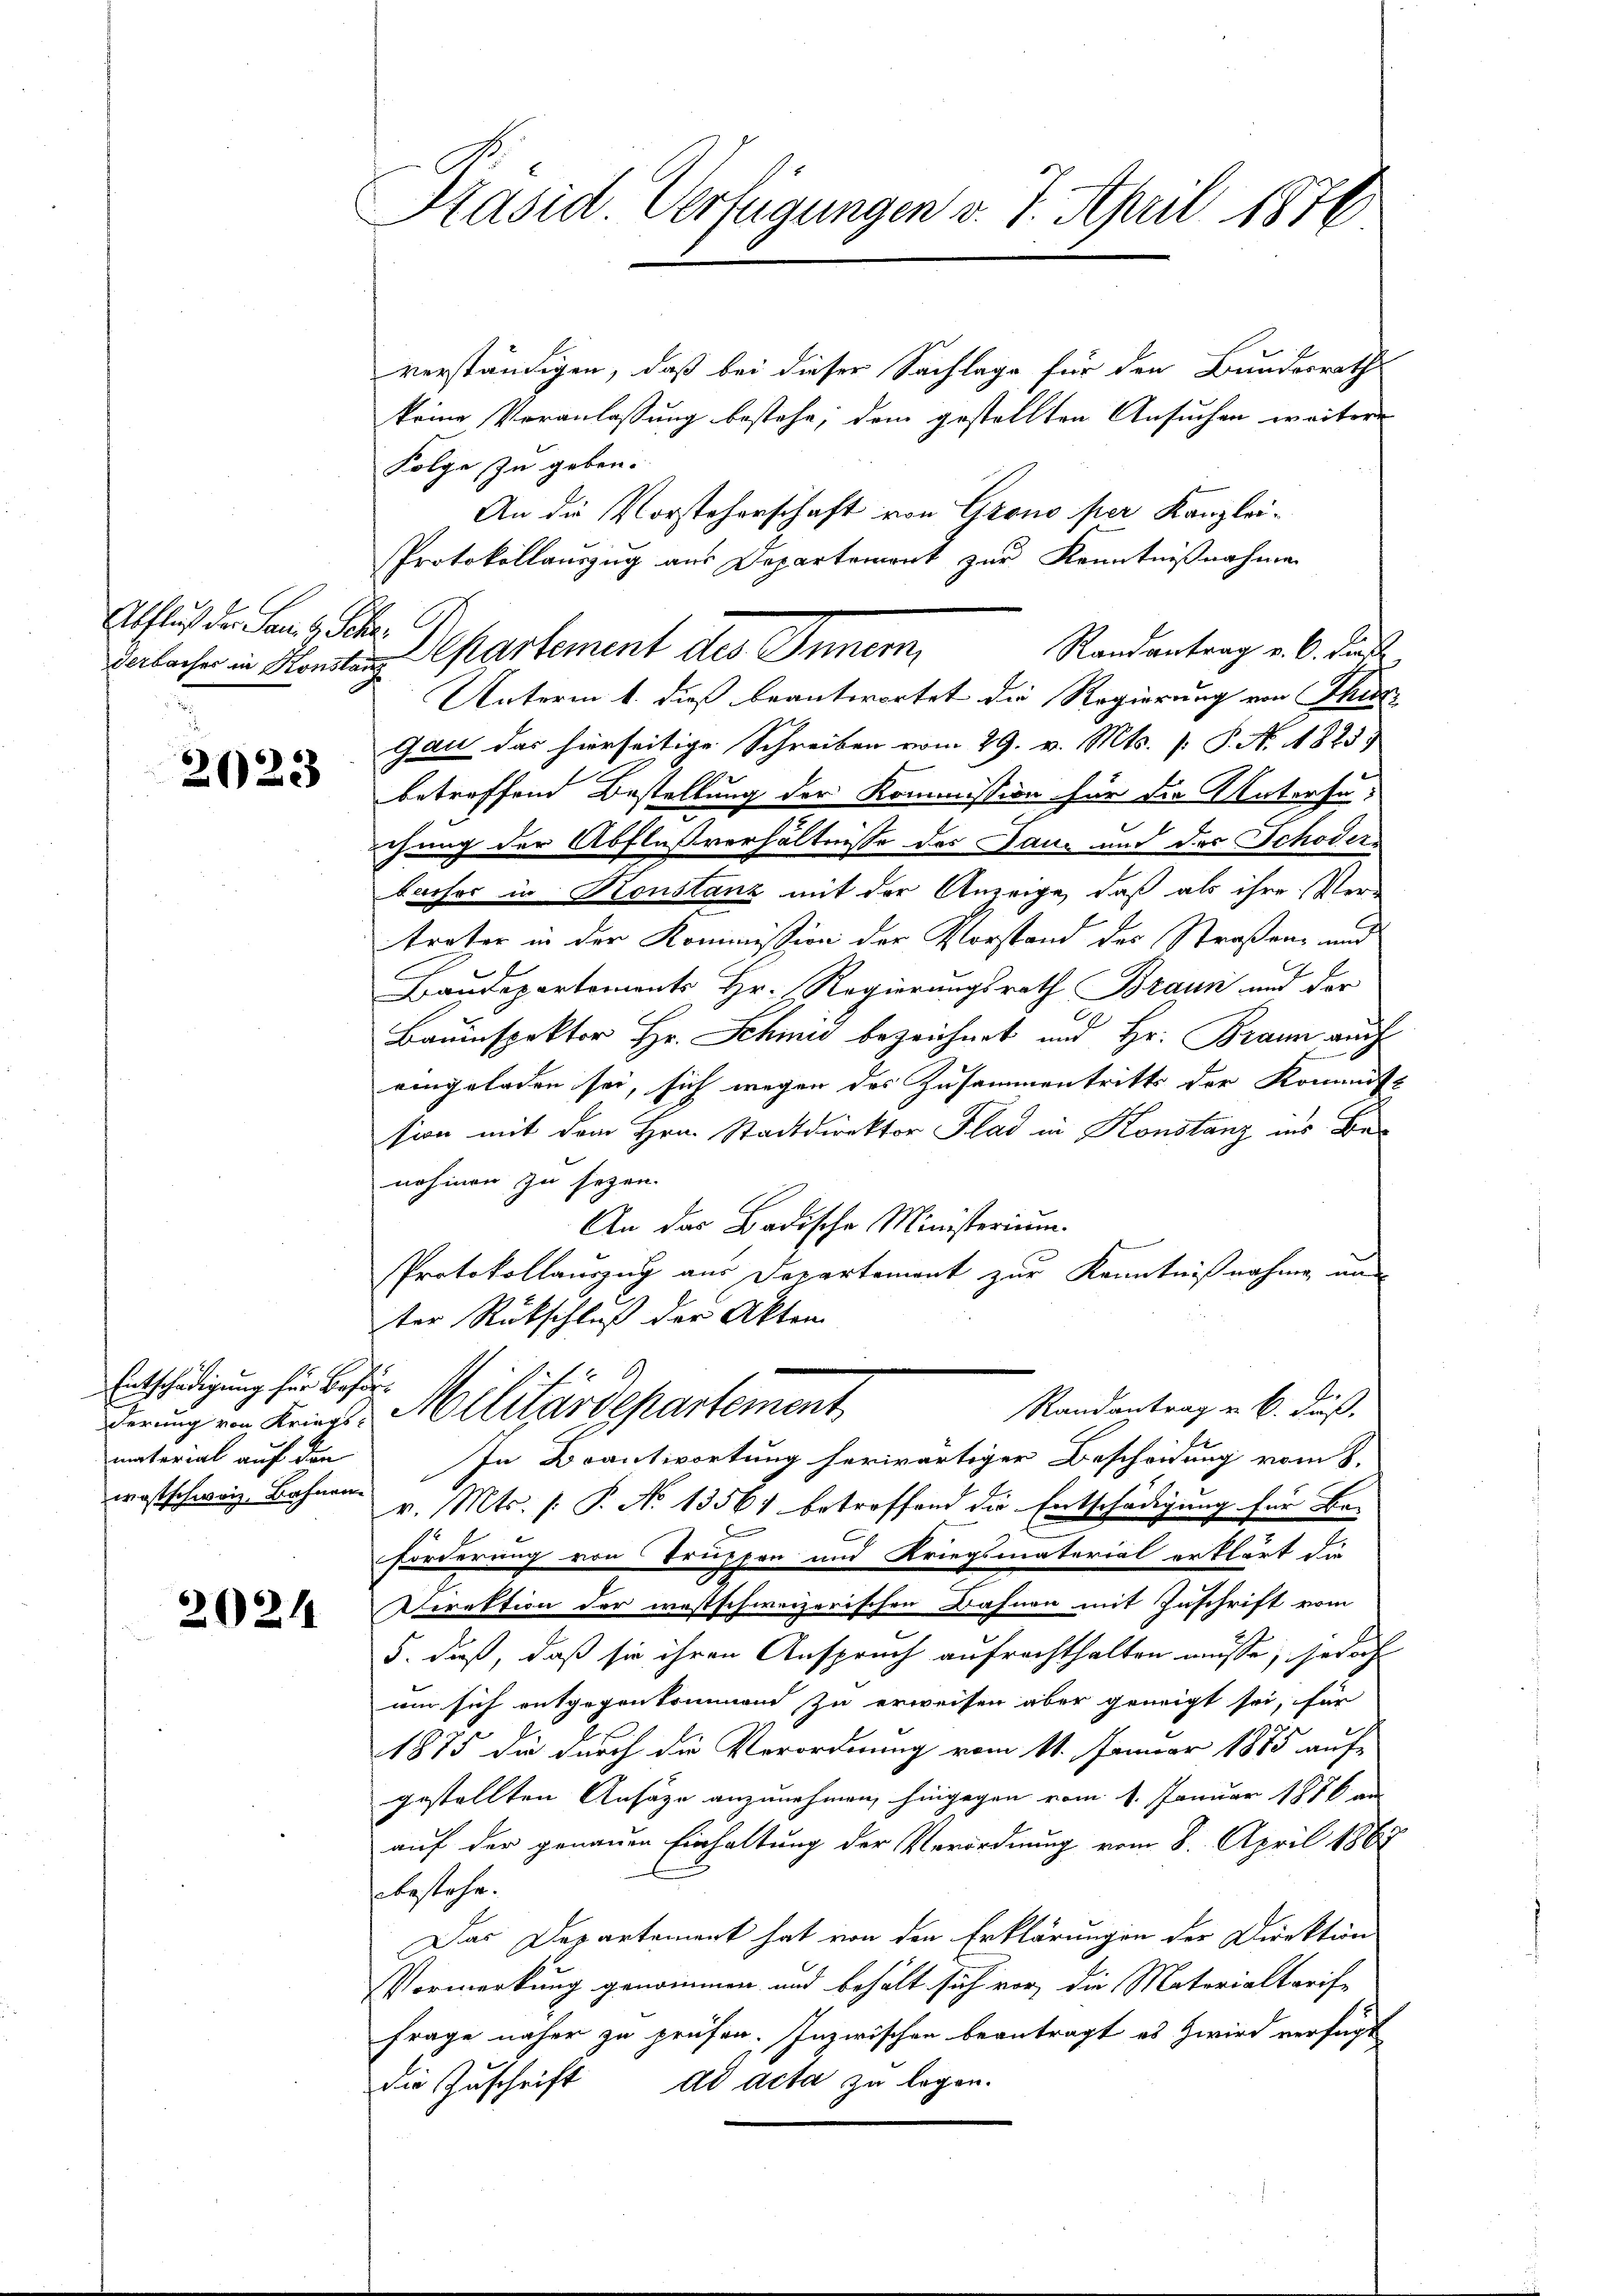
Abfluß der San. 1. Ser
derbacher in Konsta

2023

Entschädigung für Beförmaterial auf den
wastschweiz, Bahnen.

2024

Kasid Verfügungen v. 7. April 1876

verständigen, daß bei dieser Sachlage für den Bundesrath
keine Veranlassung bestehe, dem gestellten Ansuchen weitere
Folge zu geben.
An die Vorsteherschaft von Grono per Kanzlei¬
Protokollauszug aus Departement zur Kenntnißnahmen
V. Separtement der Sinnen,
Randantrag v. 6. Fens
r
Unterm 1. dieß beantwortet die Regierung von Thur¬
Gau das hierseitige Schreiben vom 29. v. Mts. (: P. N. 1825.
e
betreffend Bestellung der Kommission für die Untersuchung der Abflußverhältnisse des Dann und der Schöderbacher in Konstanz mit der Anzeige, daß als ihre Ver-
treter in der Kommission der Vorstand der Straßen- und
Baudepartemonts Hr. Regierungsrath Braun und der
Bauinspektor Hr. Schmid bezeichnet und Hr. Braun auch
eingeladen sei, sich wegen des Zusammentritts der Kommiss
sion mit dem Hrn. Stadtdirektor Flad in Konstanz ins Benohmen zu sezen.
An das Badische Ministerium.
s
Protokollauszug aus Departement zur Kenntnißnahme und
ter Rutschluß der Akten
Randantrag u. 6. Fuß.
derung von Keines Militärdepartement
In Beantwortung herwärtiger Bescheidung vom 8.
v. Mts. (: P. No 1356) betreffend die Entschädigung für Be-
Forderung von Truppen und Kriegsmaterial erklärt die
Direktion der westschweizerischen Bahnen mit Zuschrift vom
5. daß, daß sie ihren Anspruch aufrechthalten müsse, jedoch
am sich entgegenkommend zu erweisen aber geneigt sei, für
1875 die durch die Verordnung vom 11. Januar 1875 auf-
gestellten Ansäge anzunehmen, hingegen vom 1. Januar 1816 an
auf der genauen Einhaltung der Verordnung vom 8. April 1867
abestehe.
Das Departement hat von den Erklärungen der Direktion
Vormerkung genommen und behält sich vor, die Materialtarife
Frage näher zu prüfen. Inzwischen beantragt es zwird verfügt
de Zuschrift ad acta zu legen.